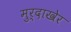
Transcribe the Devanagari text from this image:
मुर्दाखेर